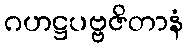
ဂဟဋ္ဌပဗ္ဗဇိတာနံ